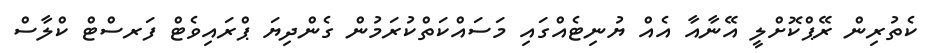
ކެތުރިން ރޭޕްކޮށްލީ އޭނާއާ އެއް ޔުނިޓެއްގައި މަސައްކަތްކުރަމުން ގެންދިޔަ ޕްރައިވެޓް ފަރސްޓް ކްލާސް